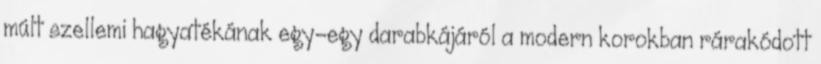
múlt szellemi hagyatékának egy-egy darabkájáról a modern korokban rárakódott